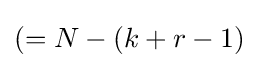
(=N-(k+r-1)